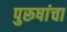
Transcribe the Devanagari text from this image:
पुरूषांचा